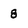
Character: 8